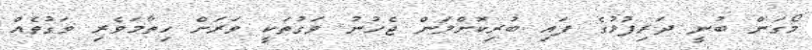
މޯގަން ބުނީ ދަރިފުޅުގެ ފައި ބުރިކޮށްލަން ޖެހުނު ވަގުތަކީ ވަރަށް ހިތާމަވެރި ވަގުތެއް